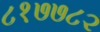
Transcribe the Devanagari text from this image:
८१७७८२